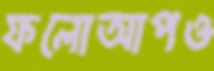
ফলোআপও